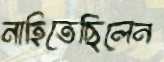
নাহিতেছিলেন